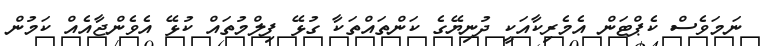
ނަމަވެސް ކެޕްޓަން އެމެރިކާއަކީ ދުނިޔޭގެ ކަންތައްތަކާ ގުޅޭ ފިލްމުތައް ކުޅޭ އެވެންޖާއެއް ކަމުން